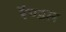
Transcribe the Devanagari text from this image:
रैण्डल